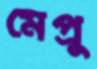
মেপ্রু